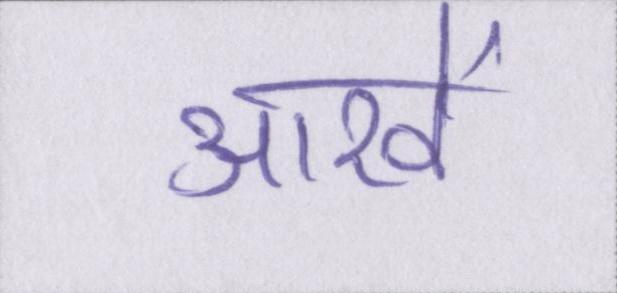
आखें